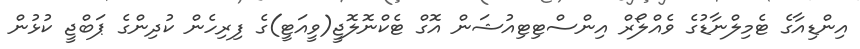
އިންޑިއާގެ ޓެމިލްނާޑުގެ ވެއްލޯރް އިންސްޓިޓިއުޝަން އޮގް ޓެކްނޮލޮޖީ(ވީއަޓީ)ގެ ފިރިހެން ކުދިންގެ ޕަބްޖީ ކުޅުން